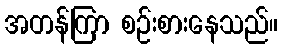
အတန်ကြာ စဉ်းစားနေသည်။